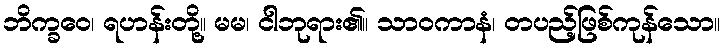
ဘိက္ခဝေ၊ ရဟန်းတို့။ မမ၊ ငါဘုရား၏။ သာဝကာနံ၊ တပည့်ဖြစ်ကုန်သော။